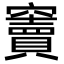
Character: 竇